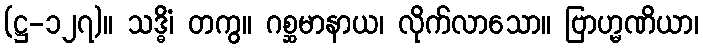
(ဋ္ဌ-၁၂၇)။ သဒ္ဓိံ၊ တကွ။ ဂစ္ဆမာနာယ၊ လိုက်လာသော။ ဗြာဟ္မဏိယာ၊